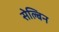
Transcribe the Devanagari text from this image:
सेल्बिन